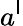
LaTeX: a^{\mathsf{l}}